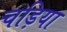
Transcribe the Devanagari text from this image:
चड़िया